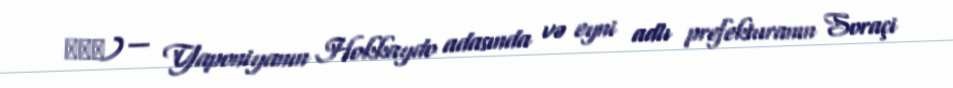
三笠市) — Yaponiyanın Hokkaydo adasında və eyni adlı prefekturanın Soraçi